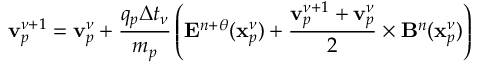
\displaystyle \mathbf { v } _ { p } ^ { \nu + 1 } = \mathbf { v } _ { p } ^ { \nu } + \frac { q _ { p } \Delta t _ { \nu } } { m _ { p } } \left( \mathbf { E } ^ { n + \theta } ( \mathbf { x } _ { p } ^ { \nu } ) + \frac { \mathbf { v } _ { p } ^ { \nu + 1 } + \mathbf { v } _ { p } ^ { \nu } } { 2 } \times \mathbf { B } ^ { n } ( \mathbf { x } _ { p } ^ { \nu } ) \right)